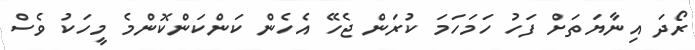
ރޯދަ އިނާޔަތަށް ފަހު ހަމަހަމަ ކުރަން ޖެހޭ އެހެން ކަންކަންކޮންމެ މީހަކު ވެސް